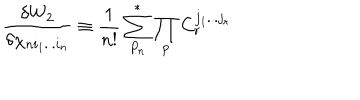
LaTeX: { \frac { \delta W _ { 2 } } { \delta \chi _ { n i _ { 1 } . . . i _ { n } } } } \equiv { \frac { 1 } { n ! } } \sum _ { P _ { n } } ^ { * } \prod _ { p } C _ { r } ^ { j _ { 1 } . . . j _ { r } }